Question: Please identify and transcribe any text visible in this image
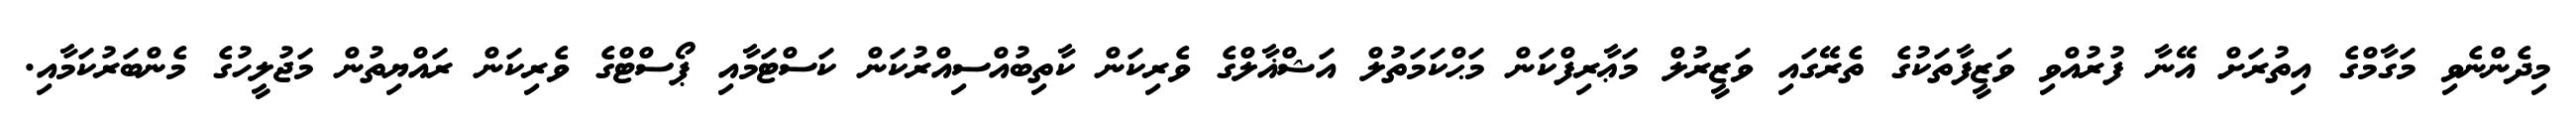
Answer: މިދެންނެވި މަގާމްގެ އިތުރަށް އޭނާ ފުރުއްވި ވަޒީފާތަކުގެ ތެރޭގައި ވަޒީރުލް މަޢާރިފްކަން މަޙްކަމަތުލް އަޝްޣާލްގެ ވެރިކަން ކާތިބުއްސިއްރުކަން ކަސްޓަމާއި ޕޯސްޓްގެ ވެރިކަން ރައްޔިތުން މަޖުލީހުގެ މެންބަރުކަމާއި.